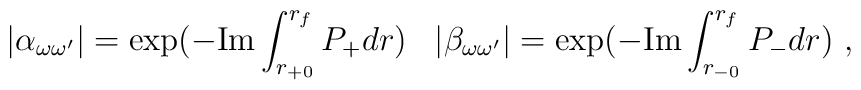
|\alpha_{\omega \omega'}| = \exp( -\mbox{Im}\int_{r_{+0}}^{r_f}P_{+}dr)\;\;\;|\beta_{ \omega \omega'}| = \exp( -\mbox{Im}\int_{r_{-0}}^{r_f}P_{-}dr)~,